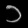
Digit: ၁